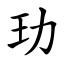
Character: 玏